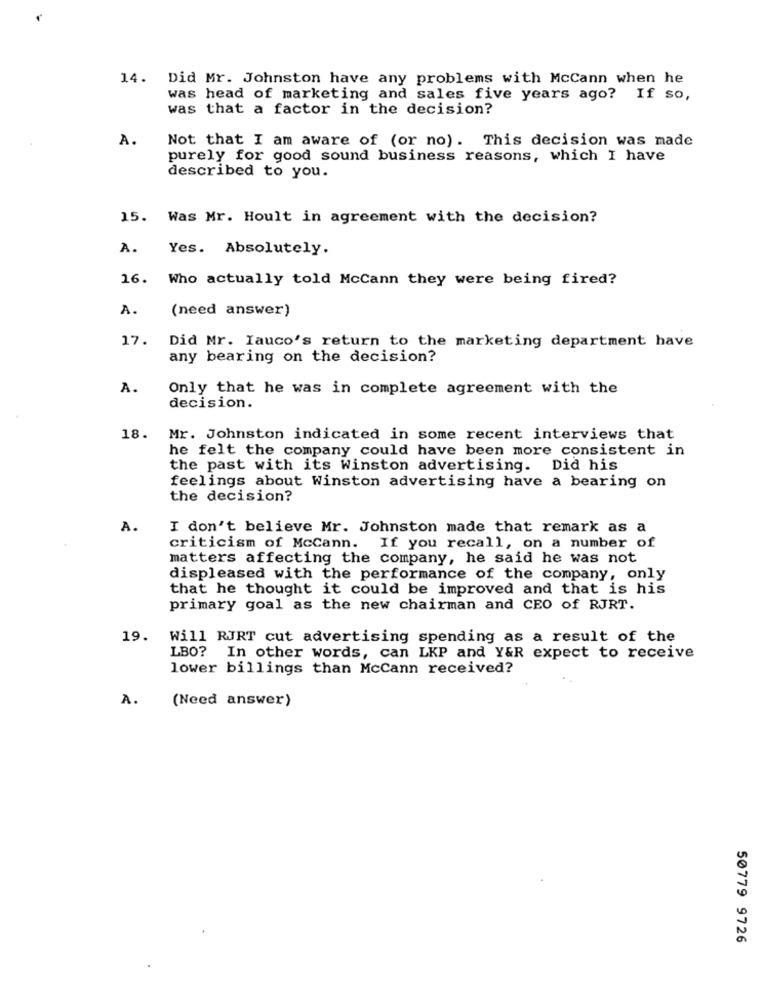
14. Did Mr. Johnston have any problems with McCann when he
was head of marketing and sales five years ago? If so,
was that a factor in the decision?
A.
Not that I am aware of (or no). This decision was made
purely for good sound business reasons, which I have
described to you.
15. Was Mr. Hoult in agreement with the decision?
A.
Yes. Absolutely.
16.
Who actually told McCann they were being fired?
A.
(need answer)
17.
Did Mr. Iauco's return to the marketing department have
any bearing on the decision?
A.
Only that he was in complete agreement with the
decision.
18.
Mr. Johnston indicated in some recent interviews that
he felt the company could have been more consistent in
the past with its Winston advertising. Did his
feelings about Winston advertising have a bearing on
the decision?
A.
I don't believe Mr. Johnston made that remark as a
criticism of McCann. If you recall, on a number of
matters affecting the company, he said he was not
displeased with the performance of the company, only
that he thought it could be improved and that is his
primary goal as the new chairman and CEO of RJRT.
19.
Will RJRT cut advertising spending as a result of the
LBO? In other words, can LKP and Y&R expect to receive
lower billings than McCann received?
A .
(Need answer)
50779 9726